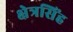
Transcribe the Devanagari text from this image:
क्षेत्रसिंह